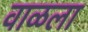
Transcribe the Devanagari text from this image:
वाळला